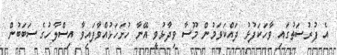
އެ ފުރުސަތުގައި ވާހަކަފުޅު ދައްކަވަމުން މޫސާ ވިދާޅުވީ އޭނާ ހުށަހަޅުއްވާފައިވާ އިސްލާހުގެ ސަބަބުން